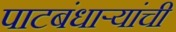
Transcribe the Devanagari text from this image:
पाटबंधाऱ्यांची